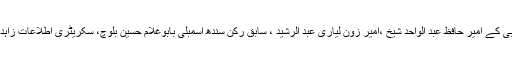
اس موع پر جماعت اسلامی ضلع جنوبی کے امیر حافظ عبد الواحد شیخ ،امیر زون لیاری عبد الرشید ، سابق رکن سندھ اسمبلی بابوغلام حسین بلوچ، سکریٹری اطلاعات زاہد عسکری اور دیگر بھی موجود تھے ۔